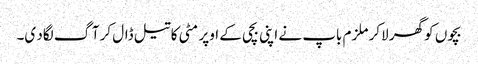
بچوں کو گھر لاکر ملزم باپ نے اپنی بچی کے اوپر مٹی کا تیل ڈال کر آگ لگاد ی۔